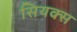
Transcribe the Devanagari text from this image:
सियक्स